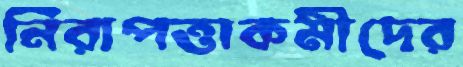
নিরাপত্তাকর্মীদের